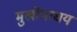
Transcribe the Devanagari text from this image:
मुखोपाधय